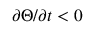
\partial \Theta / \partial t < 0